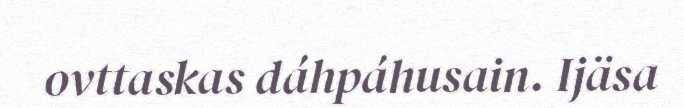
ovttaskas dáhpáhusain. Ijäsa